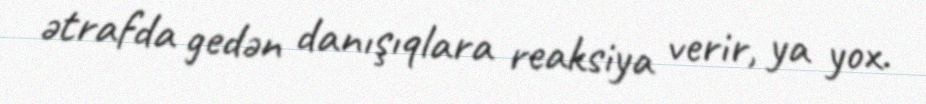
ətrafda gedən danışıqlara reaksiya verir, ya yox.